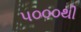
૫૦૦૦થી